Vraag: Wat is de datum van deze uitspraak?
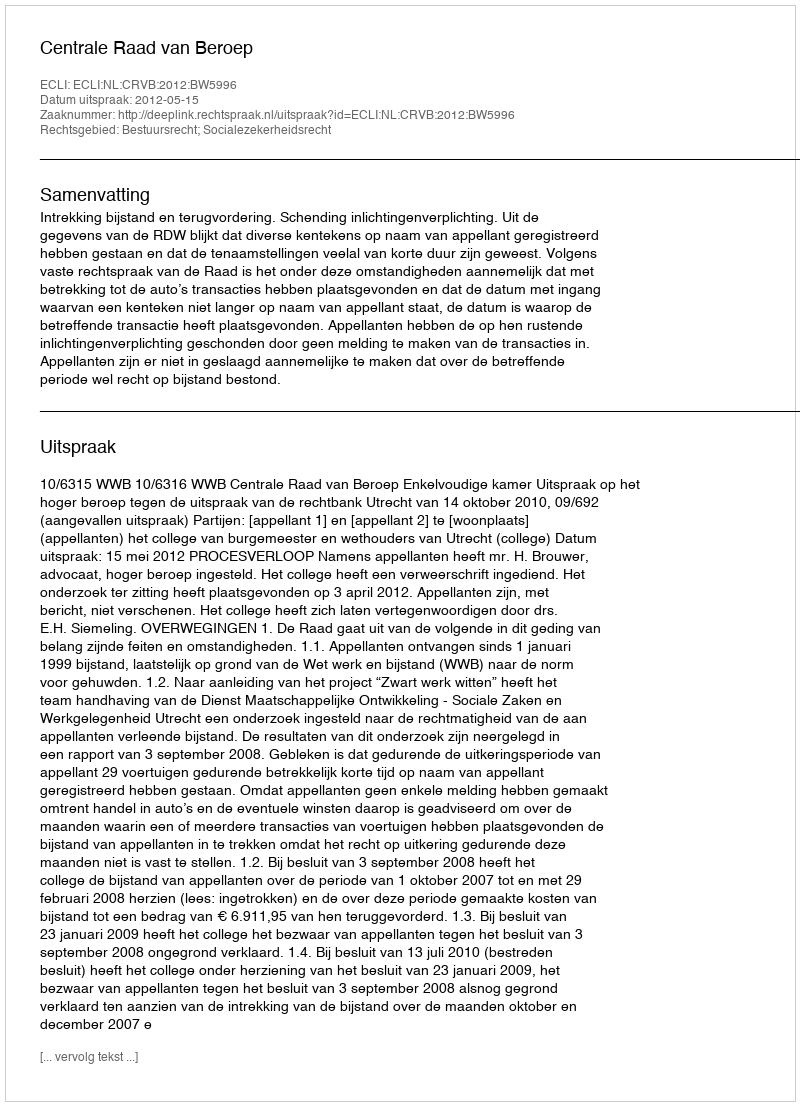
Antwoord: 2012-05-15